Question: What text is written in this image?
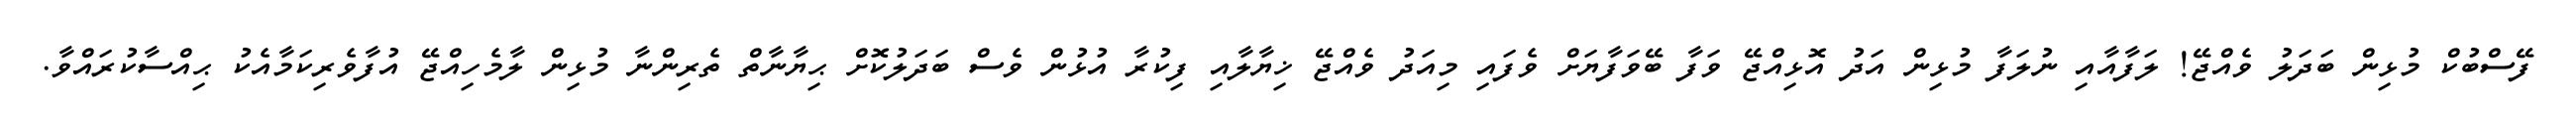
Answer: ފޭސްބުކް މުޅިން ބަދަލު ވެއްޖޭ! ލަފާއާއި ނުލަފާ މުޅިން އަދު އޮޅިއްޖޭ ވަފާ ބޭވަފާޔަށް ވެފައި މިއަދު ވެއްޖޭ ޚިޔާލާއި ފިކުރާ އުޅުން ވެސް ބަދަލުކޮށް ޙިޔާނާތް ތެރިންނާ މުޅިން ލާމެހިއްޖޭ އުފާވެރިކަމާއެކު ޙިއްސާކުރައްވާ.